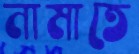
নামাতে